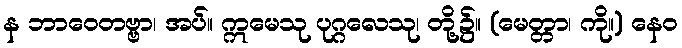
န ဘာဝေတဗ္ဗာ၊ အပ်။ ဣမေသု ပုဂ္ဂလေသု၊ တို့၌။ (မေတ္တာ၊ ကို။) နေဝ